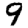
Digit: 9